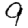
Digit: 9